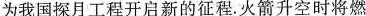
为我国探月工程开启新的征程.火箭升空时将燃